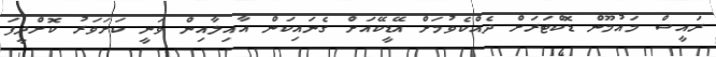
ރައީސް މައުމޫން ޑޮޮކްޓަރަށް ދެއްކެވުމަށް އޭޑީކޭއަށް ގެނައިކަން އާއިލާއިން ވަނީ ކަށަވަރު ކޮށްދީފަ